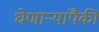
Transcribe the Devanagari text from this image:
घेणाऱ्यांपैकी